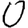
Digit: 0